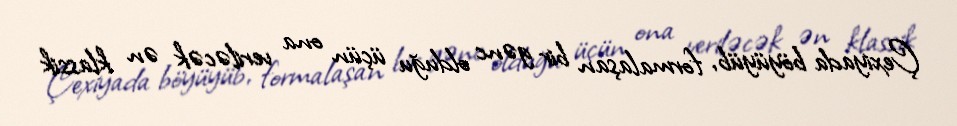
Çexiyada böyüyüb, formalaşan bir gənc olduğu üçün ona veriləcək ən klassik